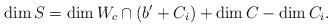
LaTeX: \begin{align*}\dim S = \dim W_c \cap (b' + C_i) + \dim C - \dim C_i.\end{align*}